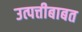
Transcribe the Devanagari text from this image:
उत्पत्तीबाबत